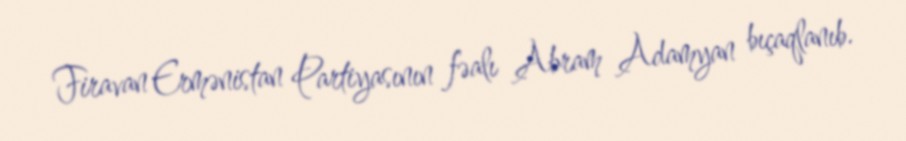
Firavan Ermənistan Partiyasının fəalı Abram Adamyan bıçaqlanıb.